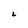
Character: 2